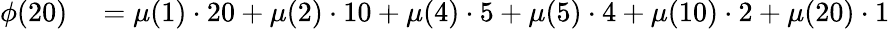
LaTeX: \begin{array}{rl}{\phi(20)}&{{}=\mu(1)\cdot 20+\mu(2)\cdot 10+\mu(4)\cdot 5+\mu(5)\cdot 4+\mu(10)\cdot 2+\mu(20)\cdot 1}\end{array}